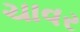
ચાવર